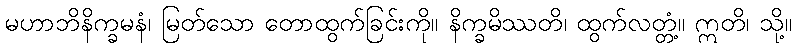
မဟာဘိနိက္ခမနံ၊ မြတ်သော တောထွက်ခြင်းကို။ နိက္ခမိဿတိ၊ ထွက်လတ္တံ့။ ဣတိ၊ သို့။